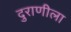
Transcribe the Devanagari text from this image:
दुराणीला